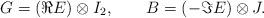
LaTeX: \begin{align*}G=({\Re}E)\otimes I_2 , \qquad B=(-{\Im}E)\otimes J .\end{align*}